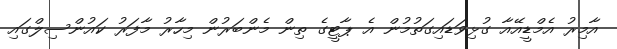
އާމިރު އެމްޑީއޭއާ ގުޅިވަޑައިގަތުމުން އެ ޕާޓީގެ ތިން މެންބަރުން މިހާރު މާފަރު ކައުންސިލްގައި